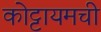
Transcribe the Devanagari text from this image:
कोट्टायमची